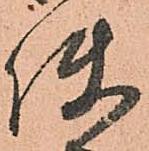
使